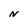
Character: N